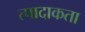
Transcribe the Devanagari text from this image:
त्पादाकता